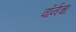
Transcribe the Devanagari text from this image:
वॉर्नचा